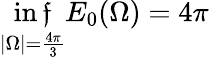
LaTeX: \operatorname*{in\mathfrak{f}}_{|\Omega|={\frac{{4\pi}}{{3}}}}E_{0}(\Omega)=4\pi